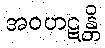
အဝဟဋန္တိ